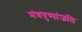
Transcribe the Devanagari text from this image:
मंत्रपुष्पांजलि